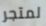
لمتجر